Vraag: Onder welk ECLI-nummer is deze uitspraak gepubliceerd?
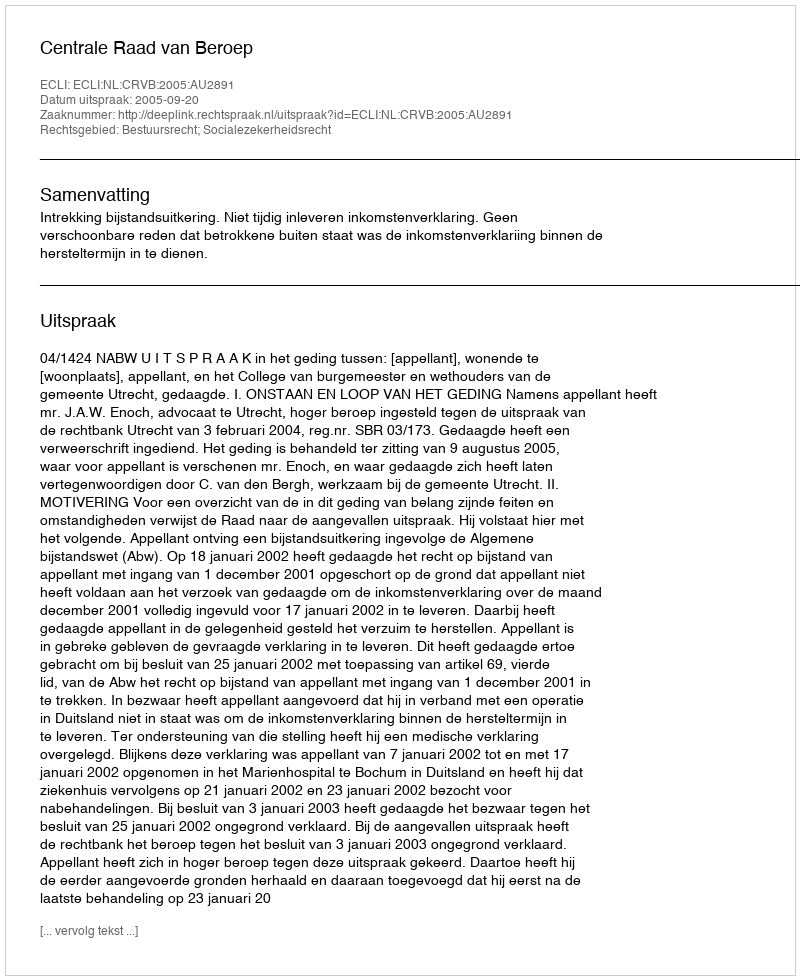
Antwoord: ECLI:NL:CRVB:2005:AU2891